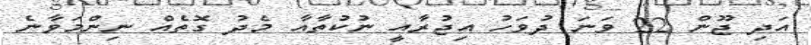
އަދި ޖޫން 22 ވަނަ ދުވަހު އިޖުރާއީ ނުކުތާއާ މެދު ގޮތެއް ނިންމަވާނެ